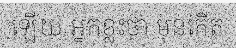
ឡើយ អ្នកខ្លះថា មុនកើត